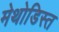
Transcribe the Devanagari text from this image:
मेथोडिस्त